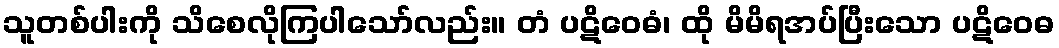
သူတစ်ပါးကို သိစေလိုကြပါသော်လည်း။ တံ ပဋိဝေဓံ၊ ထို မိမိရအပ်ပြီးသော ပဋိဝေဓ